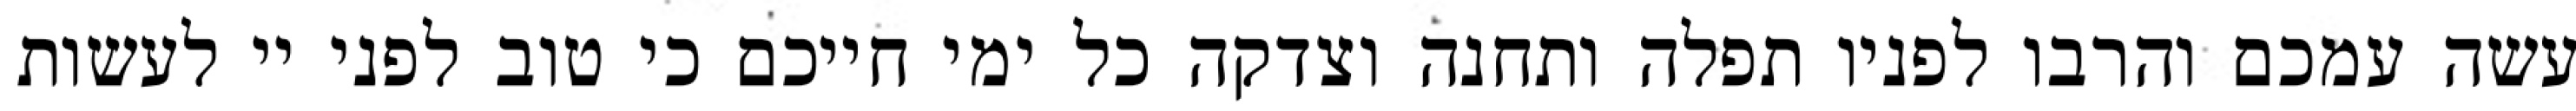
עשה עמכם והרבו לפניו תפלה ותחנה וצדקה כל ימי חייכם כי טוב לפני יי לעשות